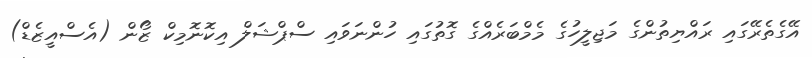
އޭގެތެރޭގައި ރައްޔިތުންގެ މަޖިލީހުގެ މެމްބަރެއްގެ ގޮތުގައި ހުންނަވައި ސްޕްޝަލް އިކޮނޮމިކް ޒޯން (އެސްއީޒެޑް)